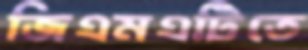
জিএমএটিতে